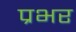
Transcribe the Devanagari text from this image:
प्रभर